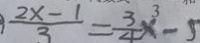
\frac { 2 x - 1 } { 3 } = \frac { 3 } { 4 } x - 5